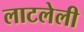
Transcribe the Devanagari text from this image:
लाटलेली